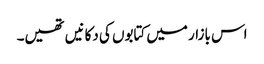
اس بازار میں کتابوں کی دکانیں تھیں۔